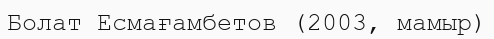
Болат Есмағамбетов (2003, мамыр)